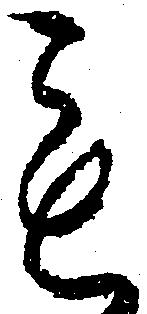
も